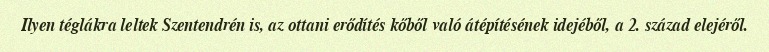
Ilyen téglákra leltek Szentendrén is, az ottani erődítés kőből való átépítésének idejéből, a 2. század elejéről.